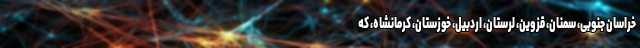
خراسان جنوبی، سمنان، قزوین، لرستان، اردبیل، خوزستان، کرمانشاه، که